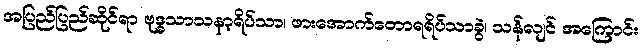
အပြည်ပြည်ဆိုင်ရာ ဗုဒ္ဓသာသနာ့ရိပ်သာ၊ ဖားအောက်တောရရိပ်သာခွဲ၊ သန်လျင် အကြောင်း